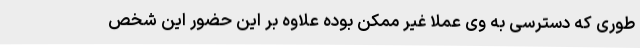
طوری که دسترسی به وی عملا غیر ممکن بوده علاوه بر این حضور این شخص